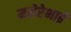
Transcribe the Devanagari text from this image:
ममेरेभाई